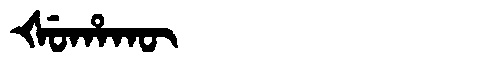
Manchu: ᡧᡠᡥᠠᡴᡡ
Romanization: ŠUHAKŪ